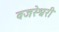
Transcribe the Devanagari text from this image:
वजरेश्वरी